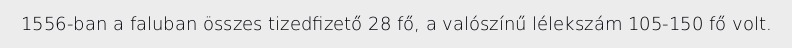
1556-ban a faluban összes tizedfizető 28 fő, a valószínű lélekszám 105-150 fő volt.